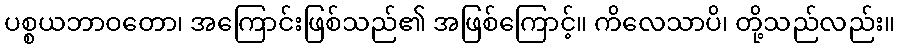
ပစ္စယဘာဝတော၊ အကြောင်းဖြစ်သည်၏ အဖြစ်ကြောင့်။ ကိလေသာပိ၊ တို့သည်လည်း။